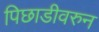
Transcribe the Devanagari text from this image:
पिछाडीवरुन